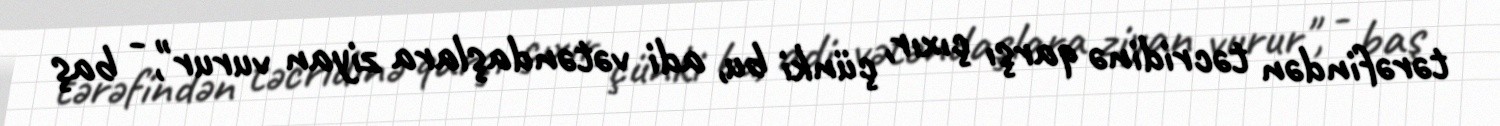
tərəfindən təcridinə qarşı çıxır, çünki bu, adi vətəndaşlara ziyan vurur", - baş